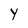
Character: Y